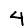
Digit: 4